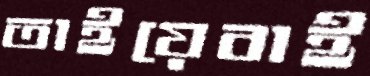
তাইয়েবাই